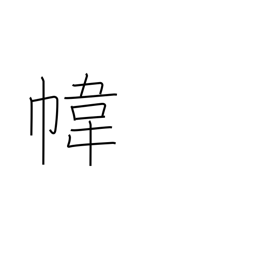
Meaning: bag